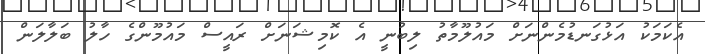
އެކަމަކު އަޅުގަނޑުމެންނަށް މައުލޫމާތު ލިބުނީ އެ ކޮމިޝަނަށް ރައީސް މައުމޫންގެ ހާލު ބަލާލަން